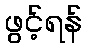
ဖွင့်ရန်